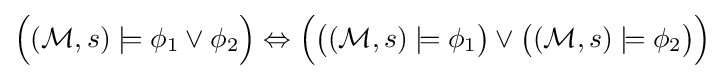
{\Big (}({\mathcal {M}},s)\models \phi _{1}\lor \phi _{2}{\Big )}\Leftrightarrow {\Big (}{\big (}({\mathcal {M}},s)\models \phi _{1}{\big )}\lor {\big (}({\mathcal {M}},s)\models \phi _{2}{\big )}{\Big )}